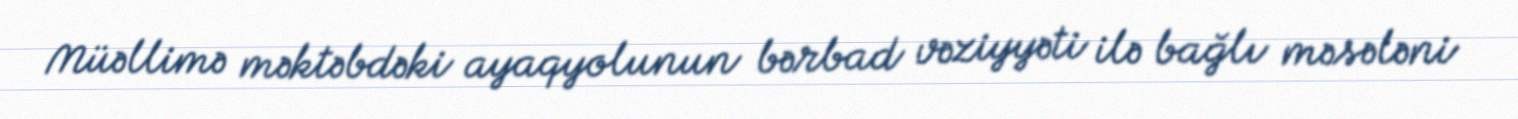
Müəllimə məktəbdəki ayaqyolunun bərbad vəziyyəti ilə bağlı məsələni